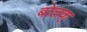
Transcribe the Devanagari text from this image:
बोलक्